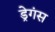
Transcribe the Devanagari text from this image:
ड्रेगंस